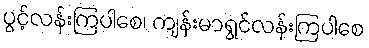
ပွင့်လန်းကြပါစေ၊ ကျန်းမာရွင်လန်းကြပါစေ